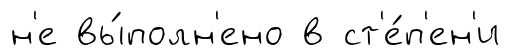
н'е вы́полн'ено в ст'е́п'ен'и